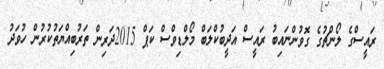
ރައީސްގެ ލޯންޗުގެ ގޮވުންނައިބު ރައީސް އަދީބުކްލަބް މޯލްޑިވްސް ކަޕް 2015ދަރިން ތަރުބިއްޔަތުކުރުން ހުވަދު